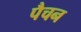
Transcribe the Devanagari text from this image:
पैचन